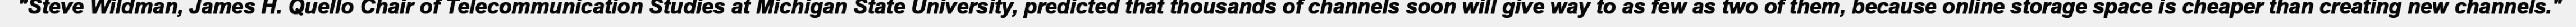
"Steve Wildman, James H. Quello Chair of Telecommunication Studies at Michigan State University, predicted that thousands of channels soon will give way to as few as two of them, because online storage space is cheaper than creating new channels."